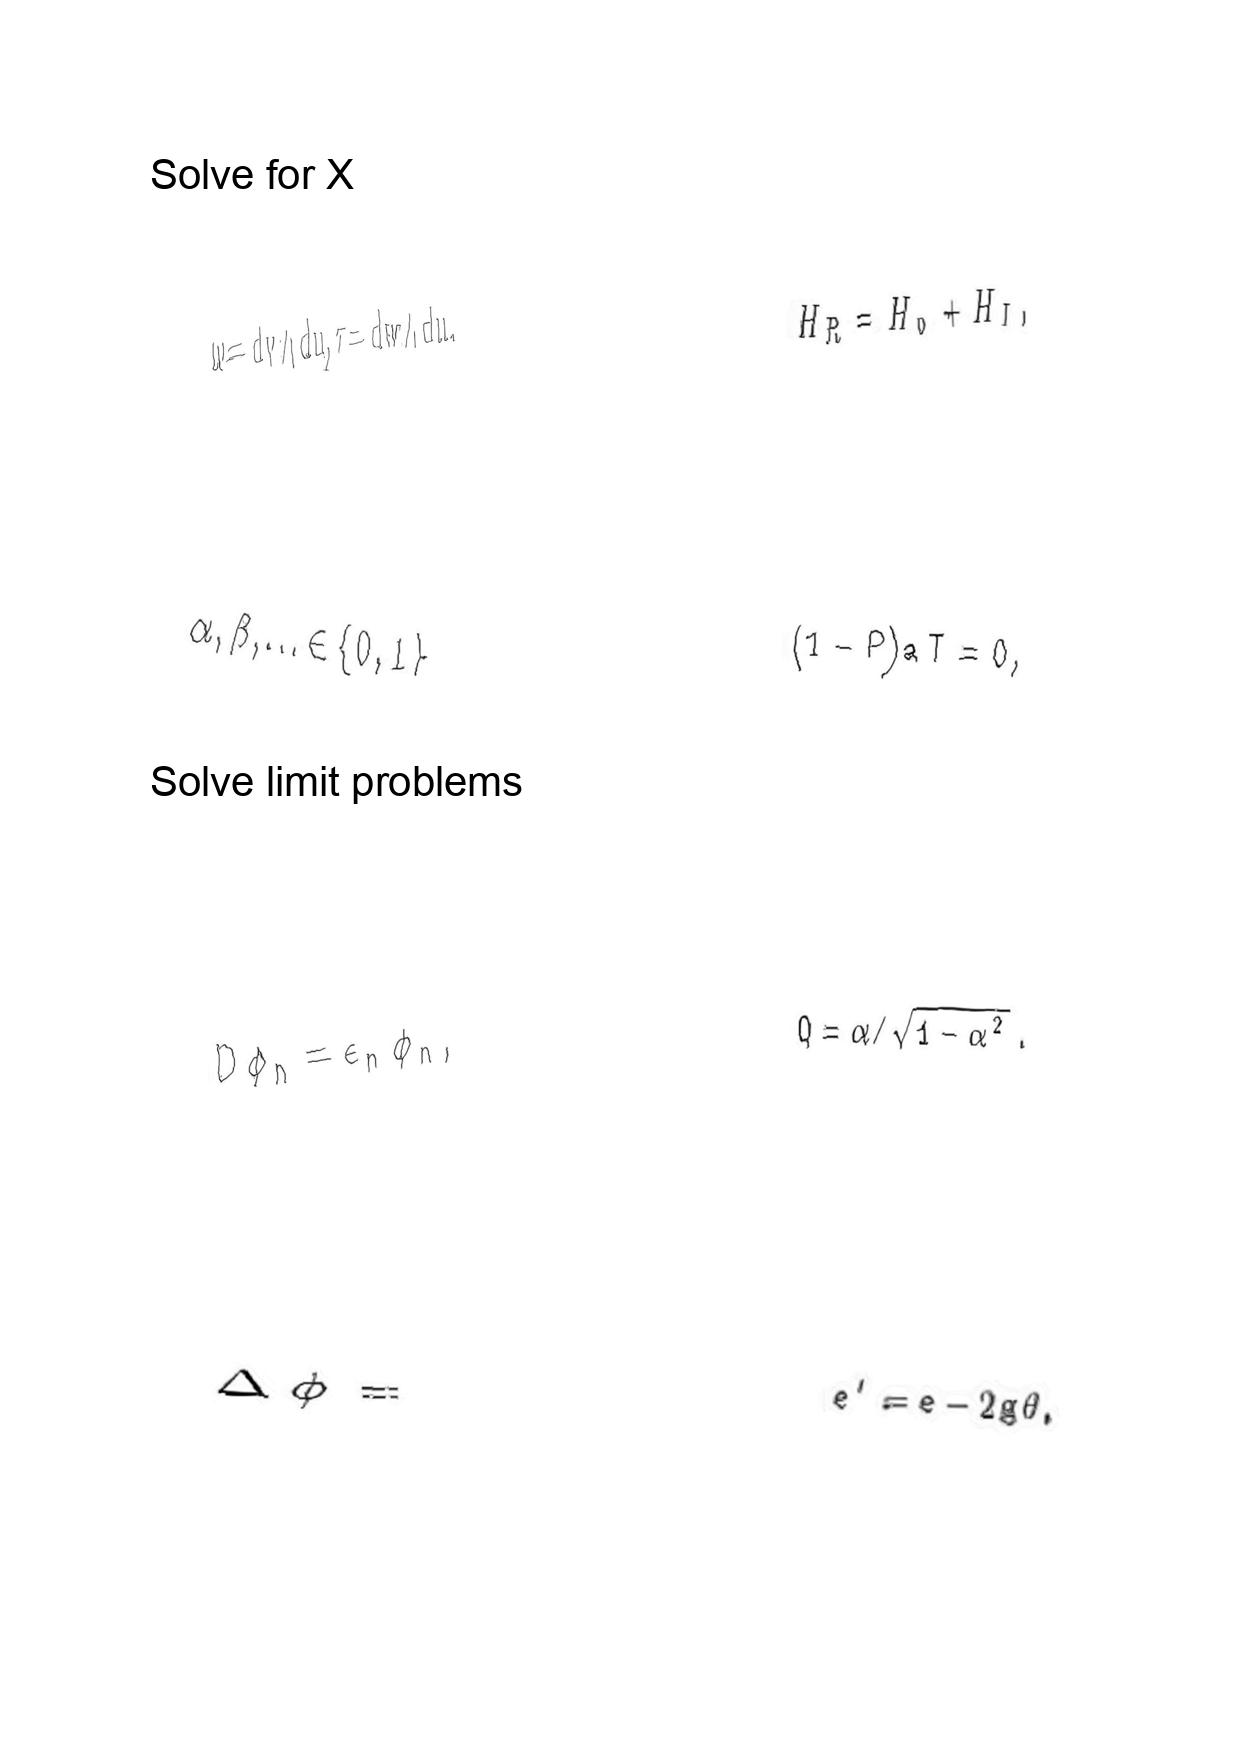
LaTeX transcription:
\omega = d v \wedge d u , \tau = d w \wedge d u .
\alpha , \beta , \ldots \in \lbrace 0 , 1 \rbrace
D \phi _ { n } = \epsilon _ { n } \phi _ { n } ,
\Delta \phi =
H _ { R } = H _ { 0 } + H _ { I } ,
\lparen 1 - P \rparen a T = 0 ,
Q = \alpha / \sqrt { 1 - \alpha ^ { 2 } } .
e ^ { \prime } = e - 2 g \theta .